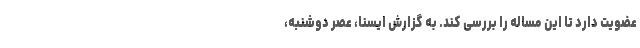
عضویت دارد تا این مساله را بررسی کند. به گزارش ایسنا، عصر دوشنبه،